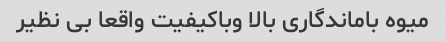
میوه باماندگاری بالا وباکیفیت واقعا بی نظیر